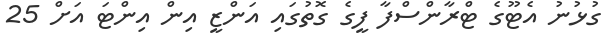
ގުޅުނު އެޓޫގެ ޓްރާންސްފާ ފީގެ ގޮތުގައި އަންޒީ އިން އިންޓަ އަށް 25